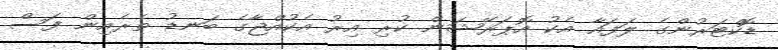
ޑޮކްޓަރުންގެ ލަފައާ އެކު އޮޕަރޭޝަން ކުރި އިރު އެކުއްޖާގެ ބަނޑު ތެރެއިން ފަސް